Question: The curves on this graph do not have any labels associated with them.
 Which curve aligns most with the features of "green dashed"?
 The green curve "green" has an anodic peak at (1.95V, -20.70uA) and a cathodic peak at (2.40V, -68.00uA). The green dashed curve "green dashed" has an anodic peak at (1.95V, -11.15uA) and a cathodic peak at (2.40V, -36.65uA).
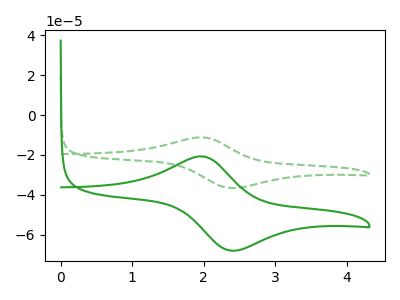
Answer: <think>All the peaks in "green" have a peak in "green dashed" at the same potential.
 </think>
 <answer>The CV with the most similar shape to "green" is "green dashed".</answer>
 <eval>"green dashed"</eval>